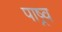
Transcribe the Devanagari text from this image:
पाष्र्व